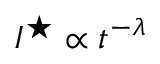
I ^ { \star } \propto t ^ { - \lambda }